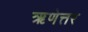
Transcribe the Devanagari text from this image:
ऋणेत्तर